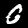
Label: 0